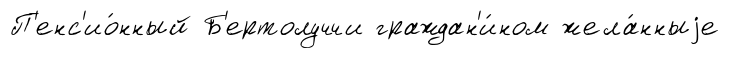
П'енс'ио́нный Б'ертолуччи граждан'и́ном жела́нныjе